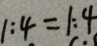
1 : 4 = 1 : 4